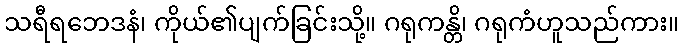
သရီရဘေဒနံ၊ ကိုယ်၏ပျက်ခြင်းသို့။ ဂရုကန္တိ၊ ဂရုကံဟူသည်ကား။